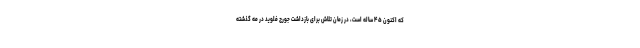
که اکنون ۴۵ ساله است، در زمان تلاش برای بازداشت جورج فلوید در مه گذشته